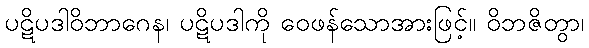
ပဋိပဒါဝိဘာဂေန၊ ပဋိပဒါကို ဝေဖန်သောအားဖြင့်။ ဝိဘဇိတွာ၊